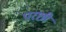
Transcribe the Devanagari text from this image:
परछी